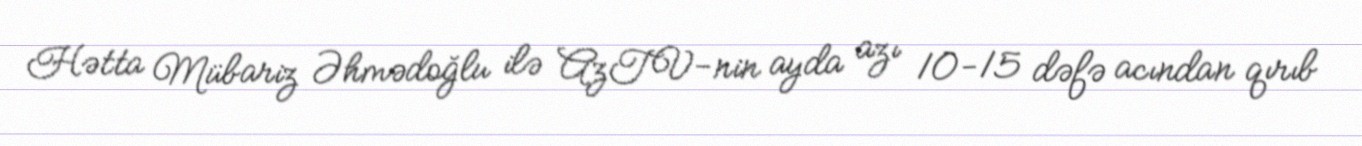
Hətta Mübariz Əhmədoğlu ilə AzTV-nin ayda azı 10-15 dəfə acından qırıb